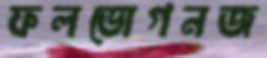
ফলভোগনজ